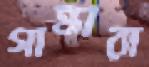
গান্ধারা